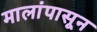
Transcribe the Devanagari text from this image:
मालांपासून